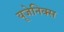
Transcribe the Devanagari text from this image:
यूजेनिक्स